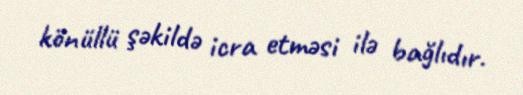
könüllü şəkildə icra etməsi ilə bağlıdır.